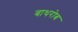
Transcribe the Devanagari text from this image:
बाथरोब